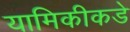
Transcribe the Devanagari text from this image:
यामिकीकडे